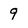
Character: 9